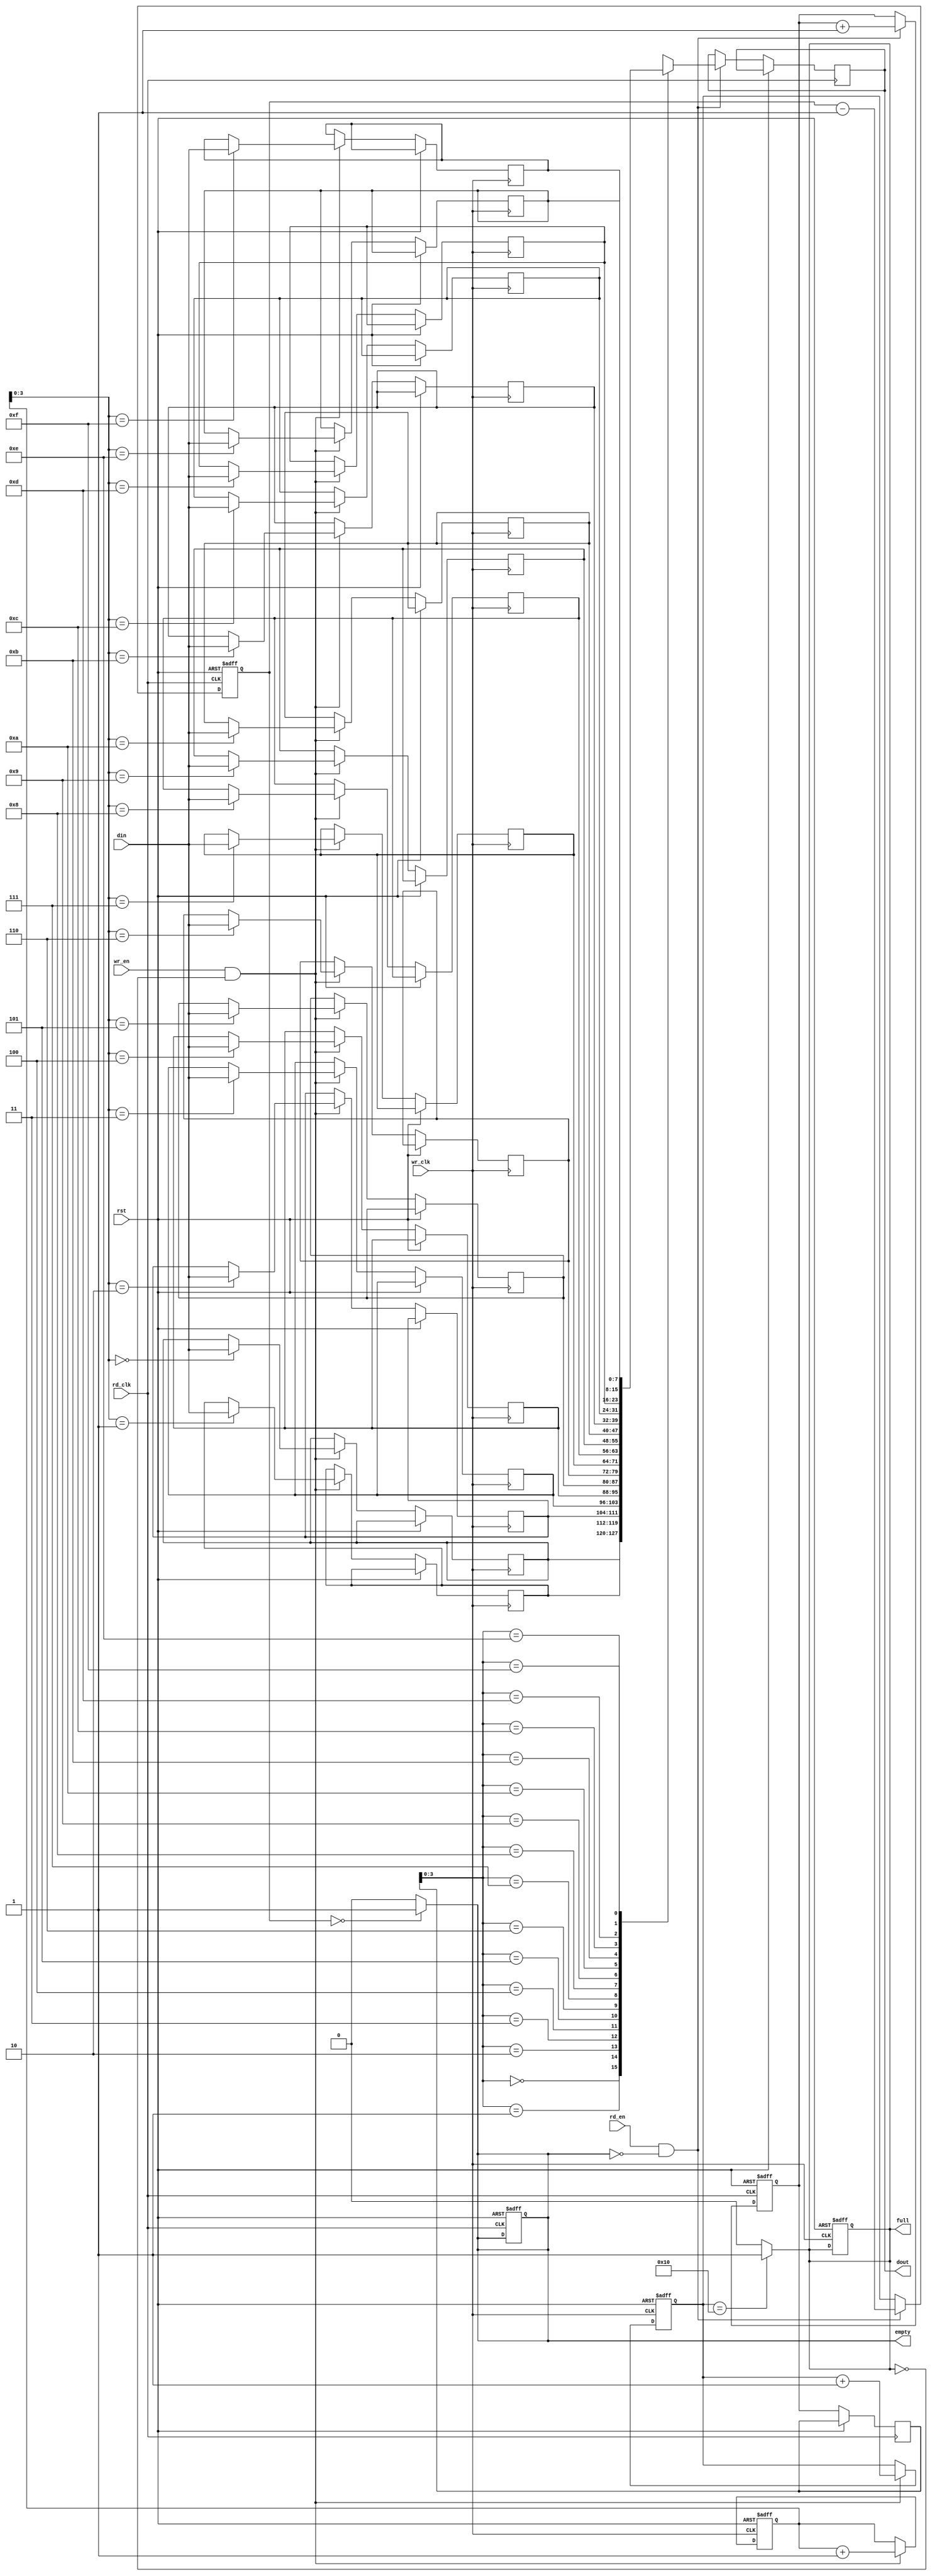
module async_fifo #(
    parameter DATA_WIDTH = 8,  // Width of the data
    parameter FIFO_DEPTH = 16   // Depth of the FIFO (must be a power of 2)
) (
    input wire wr_clk,            // Write clock
    input wire rd_clk,            // Read clock
    input wire rst,               // Asynchronous reset
    input wire wr_en,             // Write enable
    input wire rd_en,             // Read enable
    input wire [DATA_WIDTH-1:0] din, // Data input
    output reg [DATA_WIDTH-1:0] dout, // Data output
    output reg full,              // FIFO full flag
    output reg empty              // FIFO empty flag
);

    // Memory array for FIFO
    reg [DATA_WIDTH-1:0] fifo_mem [0:FIFO_DEPTH-1];

    // Write and read pointers
    reg [4:0] wptr; // 5 bits for FIFO depth of 16
    reg [4:0] rptr; // 5 bits for FIFO depth of 16
    reg [4:0] count; // Number of items in the FIFO

    // Synchronize read pointer to write clock domain
    reg [4:0] rptr_sync;
    reg [4:0] count_sync;

    // Asynchronous reset logic
    always @(posedge wr_clk or posedge rst) begin
        if (rst) begin
            wptr <= 0;
            full <= 0;
            count <= 0;
        end else if (wr_en && !full) begin
            fifo_mem[wptr] <= din; // Write data
            wptr <= wptr + 1;
            count <= count + 1;
        end
    end

    // Full flag logic
    always @(*) begin
        if (count == FIFO_DEPTH) begin
            full = 1;
        end else begin
            full = 0;
        end
    end

    // Synchronize write pointer to read clock domain
    always @(posedge rd_clk or posedge rst) begin
        if (rst) begin
            rptr <= 0;
            empty <= 1;
            count_sync <= 0;
        end else begin
            rptr_sync <= rptr; // Synchronize read pointer
            count_sync <= count; // Synchronize count
            if (rd_en && !empty) begin
                dout <= fifo_mem[rptr_sync]; // Read data
                rptr <= rptr + 1;
                count_sync <= count_sync - 1;
            end
        end
    end

    // Empty flag logic
    always @(*) begin
        if (count_sync == 0) begin
            empty = 1;
        end else begin
            empty = 0;
        end
    end

endmodule